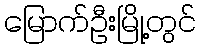
မြောက်ဦးမြို့တွင်